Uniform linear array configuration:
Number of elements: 16
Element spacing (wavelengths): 0.75
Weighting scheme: cosine
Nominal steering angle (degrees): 0
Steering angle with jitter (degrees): -1.787
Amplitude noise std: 0.05
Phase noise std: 0.05

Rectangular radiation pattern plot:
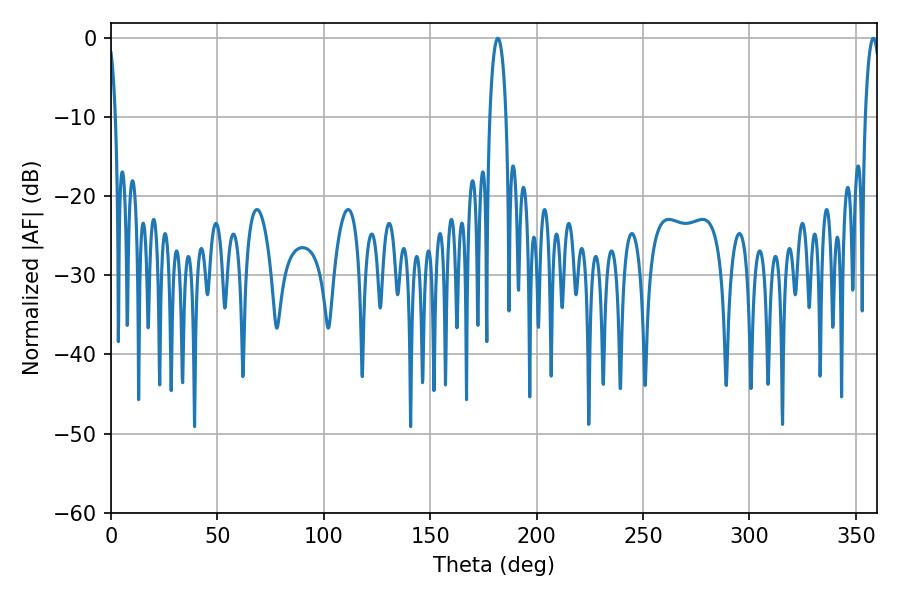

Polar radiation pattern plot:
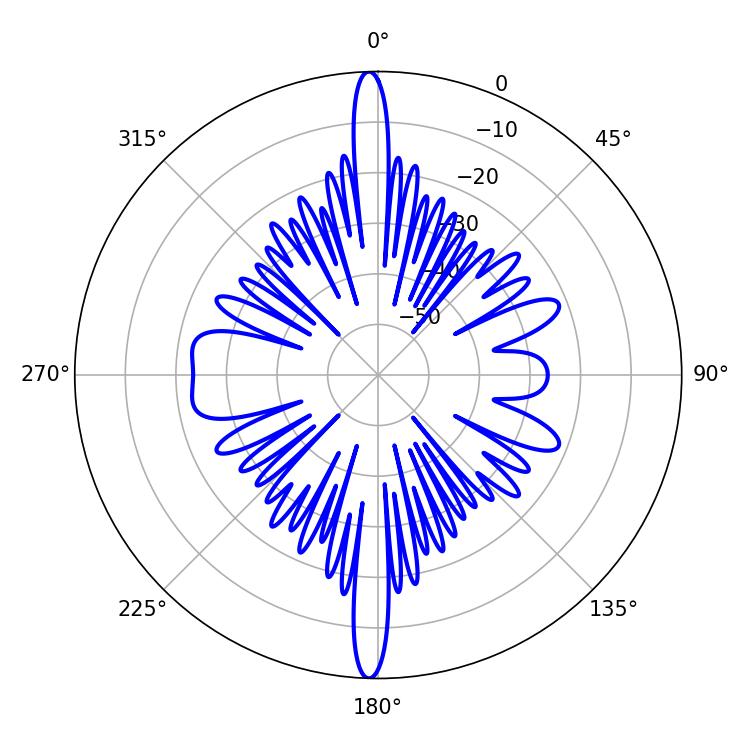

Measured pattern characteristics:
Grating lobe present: TRUE
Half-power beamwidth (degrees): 3.96
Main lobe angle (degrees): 358.2